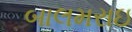
બાલમરાઇ